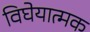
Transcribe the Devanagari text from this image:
विघेयात्मक